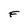
Character: F